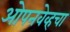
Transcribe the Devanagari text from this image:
ओपनवेव्हचा